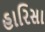
હારિસા